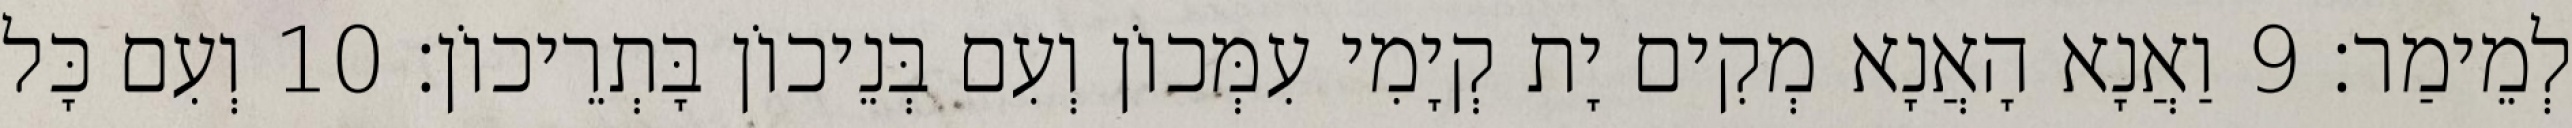
לְמֵימַר׃ 9 וַאֲנָא הָאֲנָא מְקִים יָת קְיָמִי עִמְּכוֹן וְעִם בְּנֵיכוֹן בָּתְרֵיכוֹן׃ 10 וְעִם כָּל